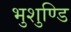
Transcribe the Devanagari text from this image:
भुशुण्डि